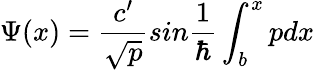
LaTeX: \Psi(x)=\frac{c^{\prime}}{\sqrt{p}}sin\frac{1}{\hbar}\int_{b}^{x}pdx